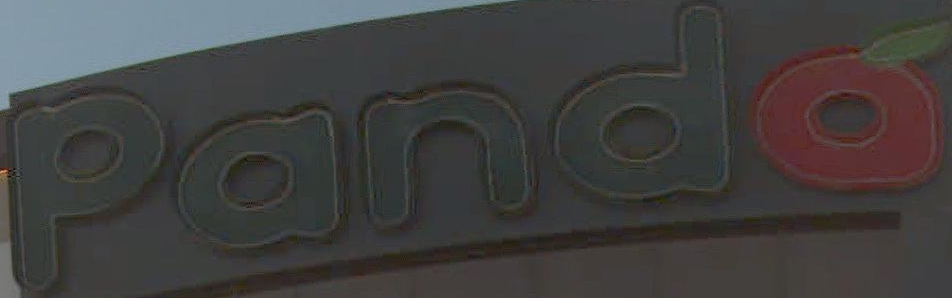
Panda